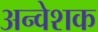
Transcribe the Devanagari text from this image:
अन्वेशक